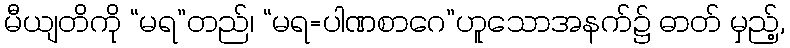
မီယျတိကို “မရ”တည်၊ “မရ=ပါဏစာဂေ”ဟူသောအနက်၌ ဓာတ် မှည့်,